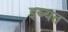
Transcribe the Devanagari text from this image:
इय्यत